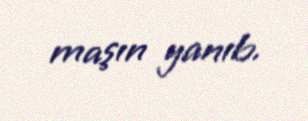
maşın yanıb.